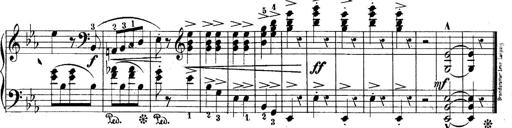
Title: 10 Sonatines progressives
Composer: Anton Schmoll